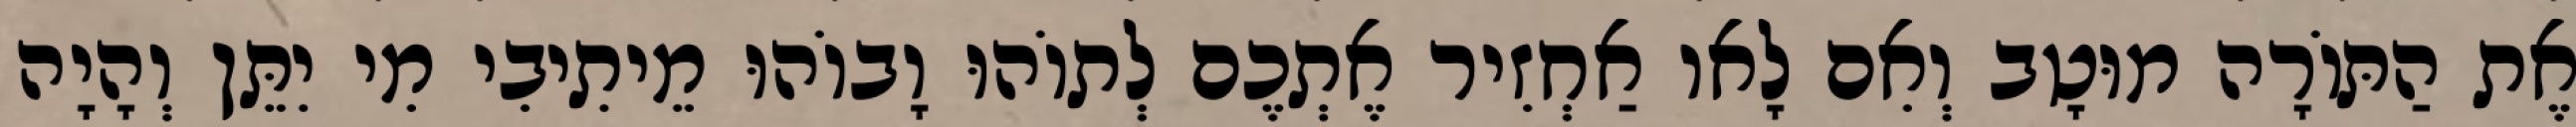
אֶת הַתּוֹרָה מוּטָב וְאִם לָאו אַחְזִיר אֶתְכֶם לְתוֹהוּ וָבוֹהוּ מֵיתִיבִי מִי יִתֵּן וְהָיָה